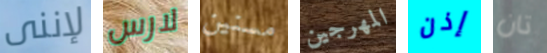
لإننى لارس مسنين المهرجين إذن تان